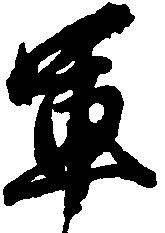
軍